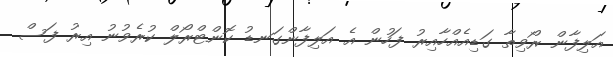
އަލިފާން ރޯވިތާ ގަޑިއެއްހާއިރު ފަހުން އެ އަލިފާންގަނޑު ކޮންޓްރޯލް ކުރެވުނު އިރު ފަސް